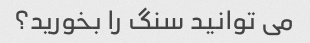
می توانید سنگ را بخورید؟